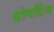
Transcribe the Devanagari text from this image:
प्रोपर्टिज